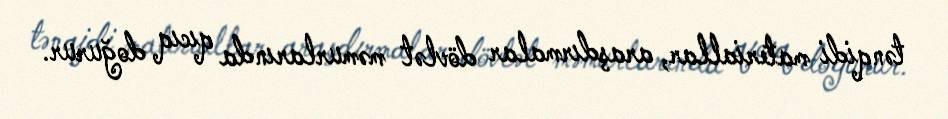
tənqidi materiallar, araşdırmalar dövlət məmurlarında qıcıq doğurur.